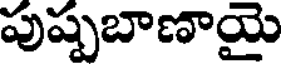
పుష్పబాణాయై